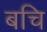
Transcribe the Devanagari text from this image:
बचि